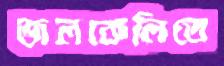
জলকেলিতে